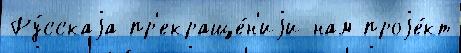
Ру́сскаjа пр'екраще́н'иjи нам проjе́кт